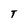
Character: T